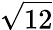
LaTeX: \sqrt{12}